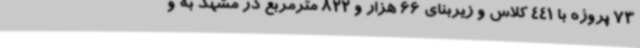
73 پروژه با 441 کلاس و زیربنای 66 هزار و 822 مترمربع در مشهد به و